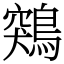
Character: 鶟